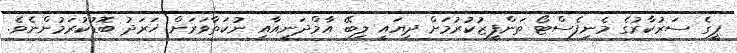
ޕީގެ ސަރުކާރުގެ މެނިފެސްޓޯ ތަންފީޒުކުރުމަށް ދިޔައީ ލިބޭ އާމްދަނީއާއި ނުކަތާވަރަށް ޚަރަދު ބޮޑުކުރަމުންނެވެ.